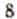
8